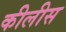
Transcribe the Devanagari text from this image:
कीलीस